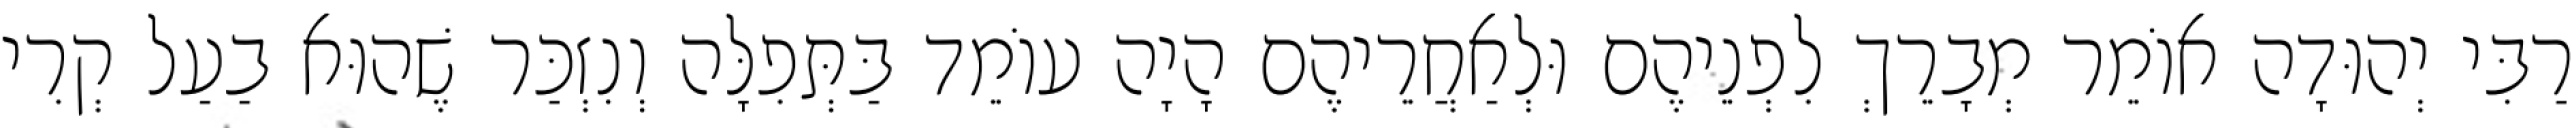
רַבִּי יְהוּדָה אוֹמֵר מְבָרֵךְ לִפְנֵיהֶם וּלְאַחֲרֵיהֶם הָיָה עוֹמֵד בַּתְּפִלָּה וְנִזְכַּר שֶׁהוּא בַעַל קְרִי